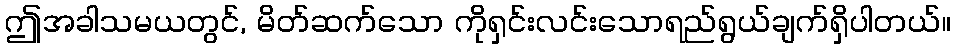
ဤအခါသမယတွင်, မိတ်ဆက်သော ကိုရှင်းလင်းသောရည်ရွယ်ချက်ရှိပါတယ်။